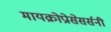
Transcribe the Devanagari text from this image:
मायक्रोप्रोसेसर्सनी